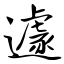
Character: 遽